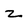
Character: z